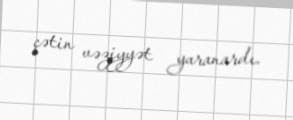
çətin vəziyyət yaranardı.